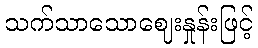
သက်သာသောဈေးနှုန်းဖြင့်